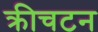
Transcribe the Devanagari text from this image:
क्रीचटन